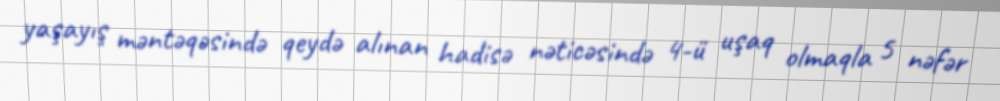
yaşayış məntəqəsində qeydə alınan hadisə nəticəsində 4-ü uşaq olmaqla 5 nəfər